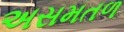
અસમતળ